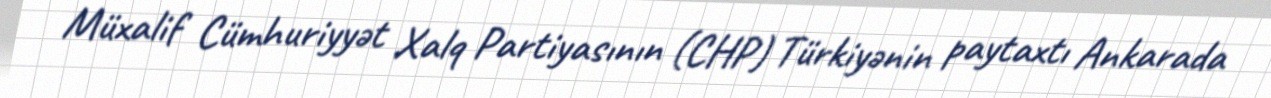
Müxalif Cümhuriyyət Xalq Partiyasının (CHP) Türkiyənin paytaxtı Ankarada